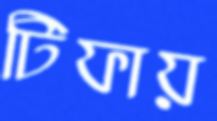
টিফায়